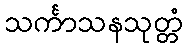
သင်္ကာသနသုတ္တံ